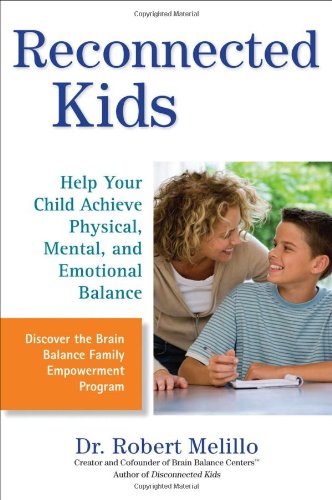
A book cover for Reconnected Kids: Help Your Child Achieve Physical, Mental, and Emotional Balance; Dr. Robert Melillo; Parenting & Relationships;